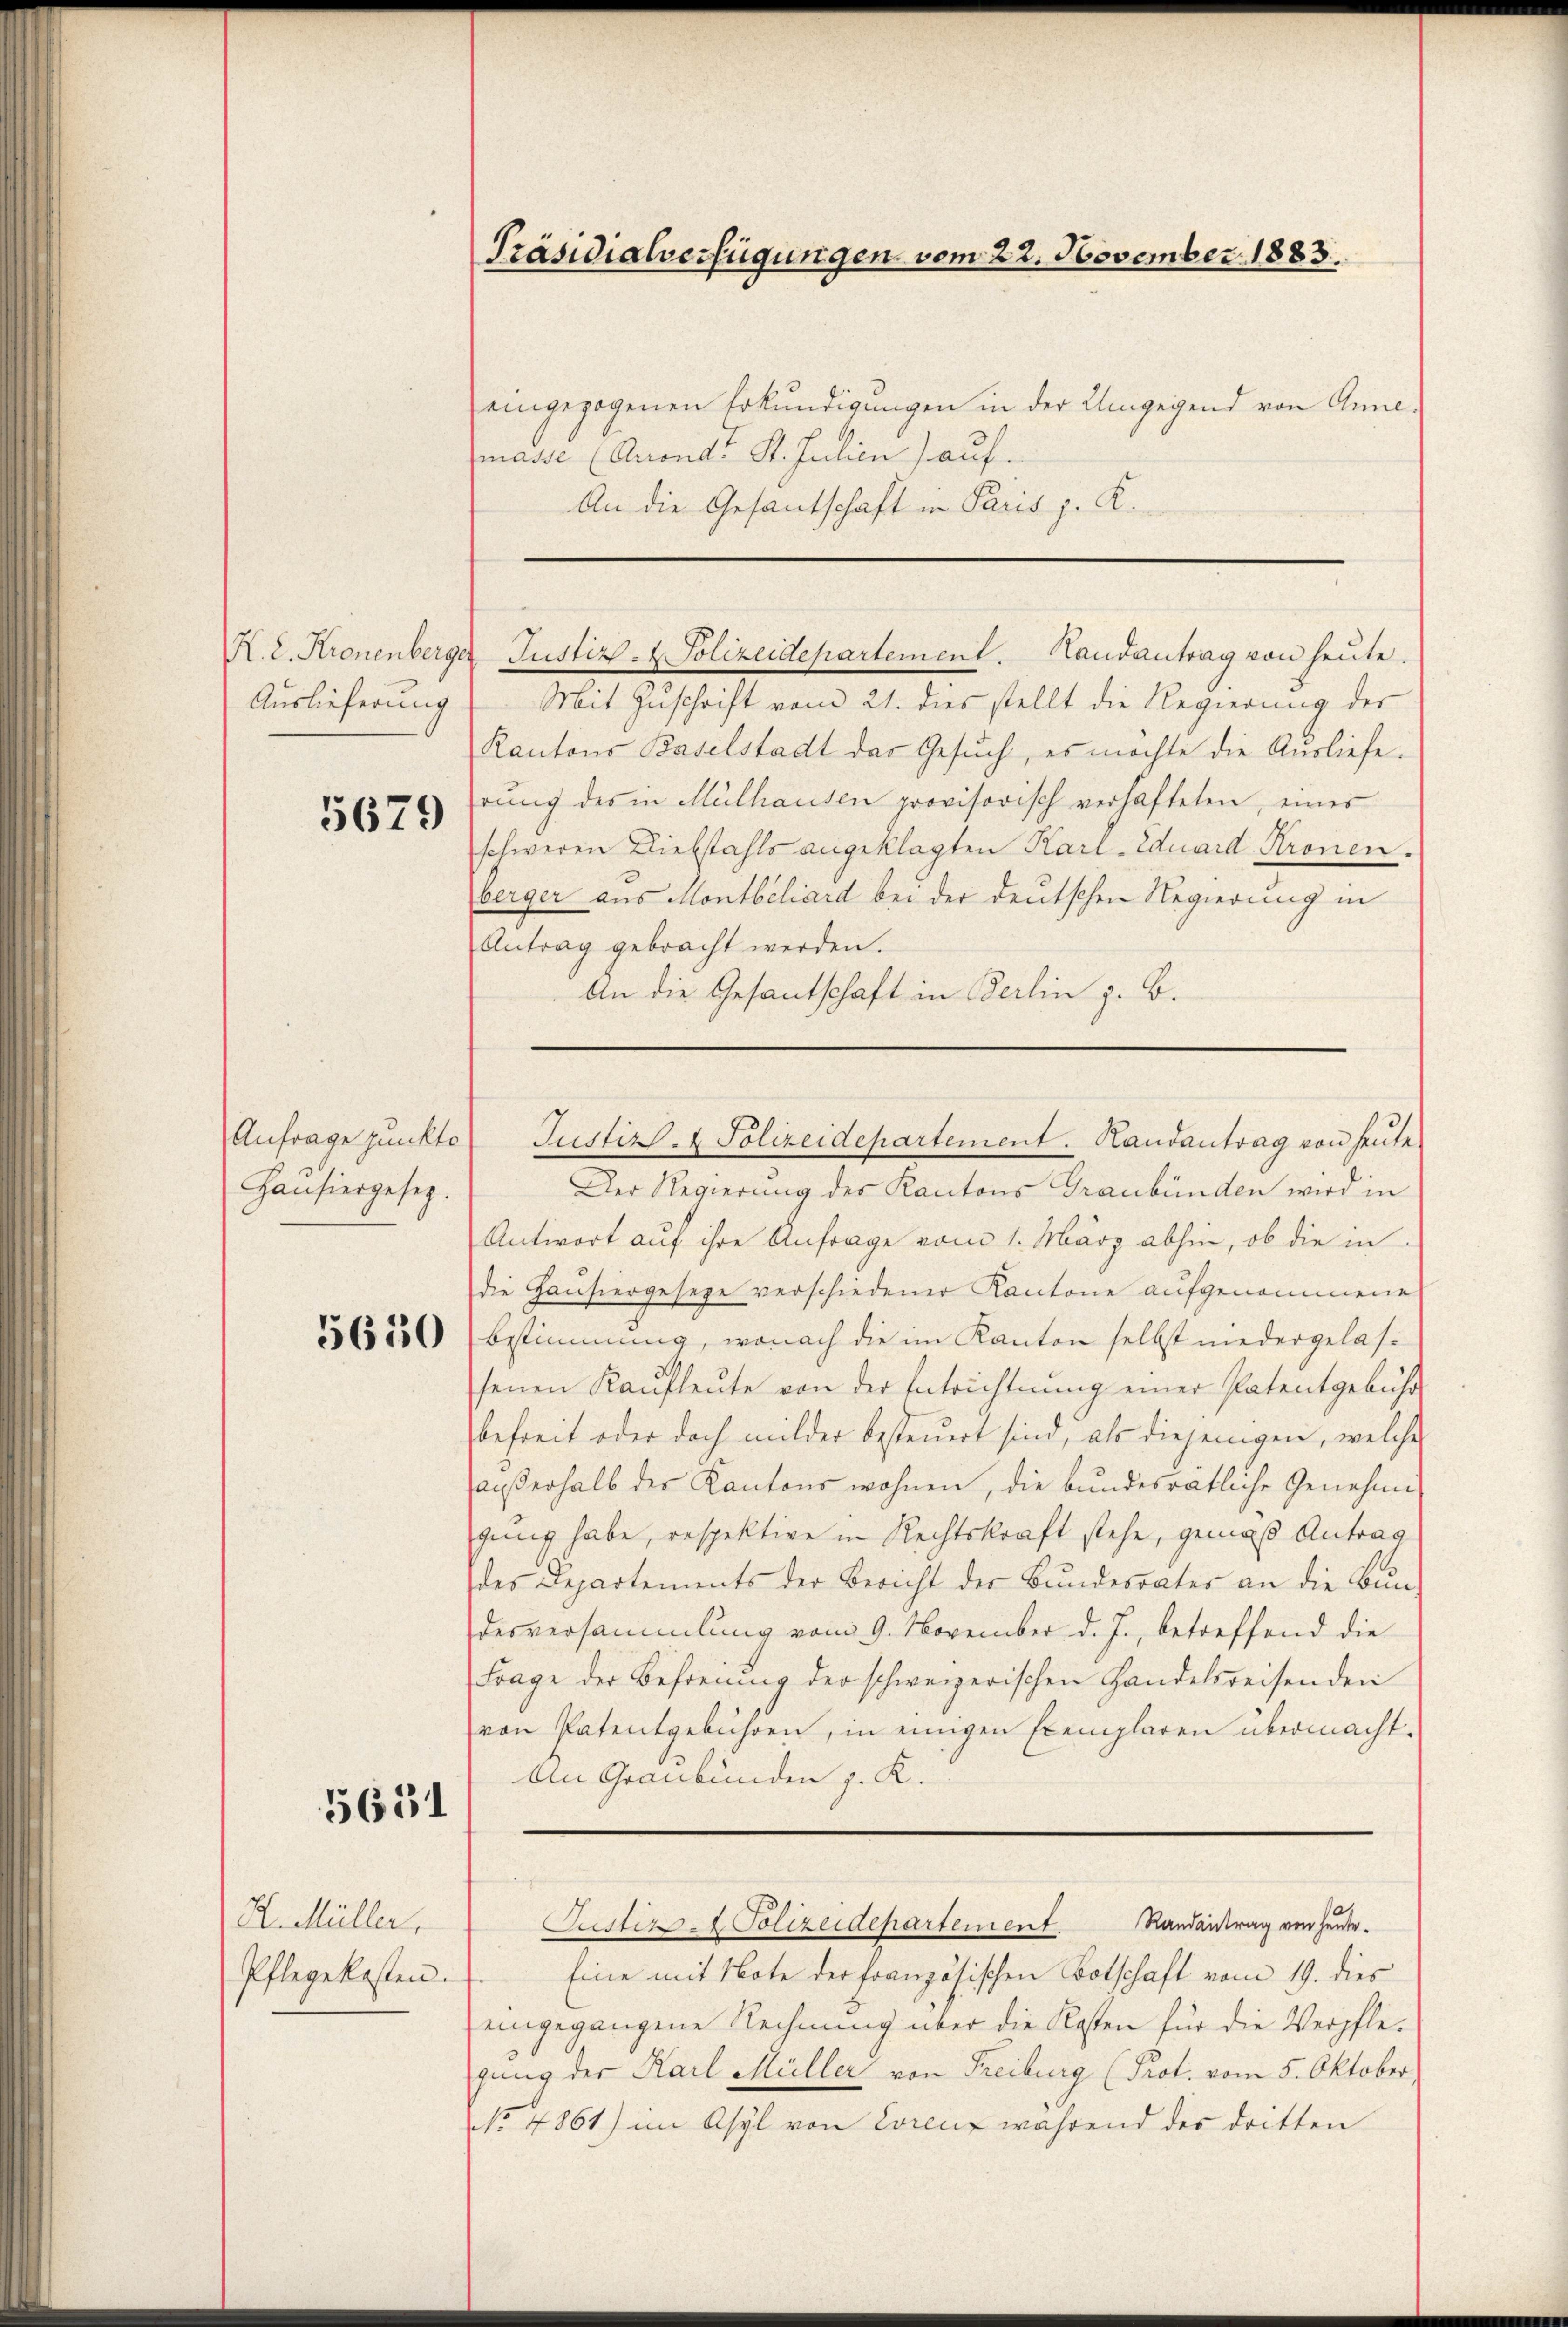
Auslieferung

5679

Hansiergesetz.

565

R. Müller.
Pflegekosten.

Präsidialverfügungen vom 22. November 1883

eingezogenen Erkundigungen in der Umgegend von Annemasse (Arronat P. Julien) auf.
An die Gesantschaft in Paris z. K.

K. 2. Kronenberger Justiz- & Polizeidepartement. Handantrag von heute.

Mit Zuschrift vom 21. dies stellt die Regierung der
Kantons Baselstadt das Gesuch, es möchte die Ausliefe.
rung des in Mülhausen provisorisch verhafteten, eines
schweren Diebstahls angeklagten Karl-Eduard Kronen.
berger aus Montbiliard bei der deutschen Regierung in
Antrag gebracht werden.
An die Gesantschaft in Berlin z. B.

Der Regierung des Kantons Graubünden wird in
Antwort aŭf ihre Anfrage vom 1. März abhin, ob die in
die Hausiergesege verschiedener Kantone aufgenommene
36550 bestimmung, wonach die im Kanton selbst niedergelassenen Kaufleute von der Entrichtung einer Patentgebühr
befreit oder doch milder besteuert sind, als diejenigen, welche
außerhalb des Kantons wohnen, die bundesrätliche Genehmigung habe, respektive in Rechtskraft stehe, gemäß Antrag
des Departements der Bericht der Bŭndesrates an die Bŭn
desversammlung vom 9. November d. J., betreffend die
Frage der Befreiung der schweizerischen Handelsreisenden
von Patentgebühren, in einigen Exemplaren übermacht.
An Graubünden z. K.
Randantrag von heute.
Justiz & Polizeidepartement
Eine mit Note der französischen Botschaft vom 19. dies
eingegangene Rechnung über die Klassen für die Verpflegung der Karl Müller von Freiburg (Prot. vom 5. Oktober,
No 4861) im Asyl von Lorenz während des dritten

Anfrage pŭnkto Justiz- & Polizeidepartement. Handantrag von heute